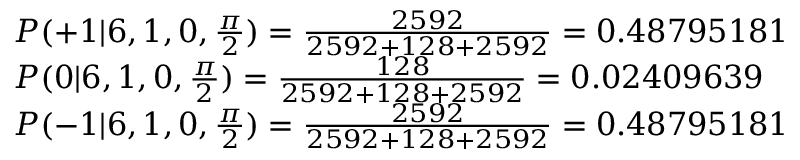
\begin{array} { l l } { P ( + 1 | 6 , 1 , 0 , \frac { \pi } { 2 } ) = \frac { 2 5 9 2 } { 2 5 9 2 + 1 2 8 + 2 5 9 2 } = 0 . 4 8 7 9 5 1 8 1 } \\ { P ( 0 | 6 , 1 , 0 , \frac { \pi } { 2 } ) = \frac { 1 2 8 } { 2 5 9 2 + 1 2 8 + 2 5 9 2 } = 0 . 0 2 4 0 9 6 3 9 } \\ { P ( - 1 | 6 , 1 , 0 , \frac { \pi } { 2 } ) = \frac { 2 5 9 2 } { 2 5 9 2 + 1 2 8 + 2 5 9 2 } = 0 . 4 8 7 9 5 1 8 1 } \end{array}